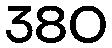
380